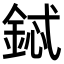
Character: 鋱